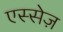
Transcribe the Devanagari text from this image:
एस्सेज़